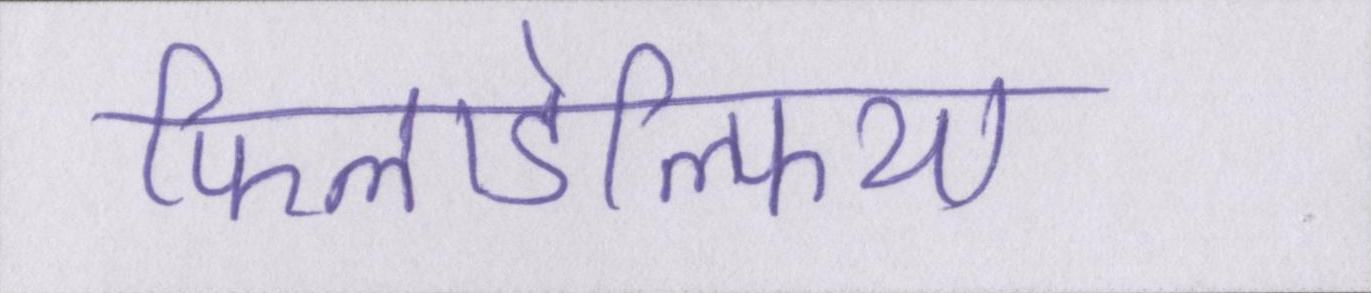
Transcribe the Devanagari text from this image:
फिलाडेल्फिया